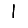
Digit: 1